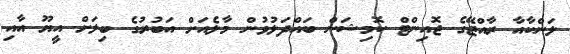
ލަންކާއާ ރާއްޖޭގެ ޖޮއިންޓް ކޮމިޝަން ބައްދަލުވުން މާލެއަށް އަބުރުގެ ބިލަށް އީޔޫ އާއި